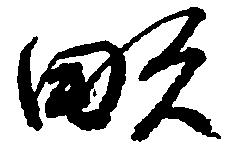
畝